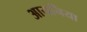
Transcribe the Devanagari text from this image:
आयनिया